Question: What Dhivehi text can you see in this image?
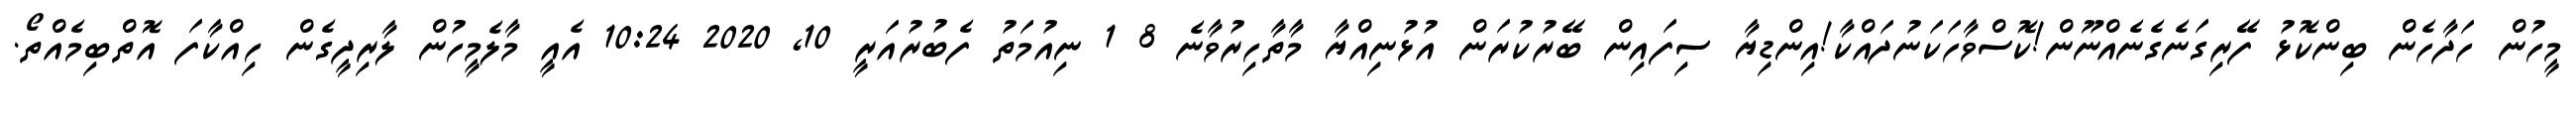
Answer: މީހުން ހަދާހެން ބިންކޮޅު ފޭރިގަނެގެނެއްނޫން!ކޮސްވާހަކަނުދައްކާ!އިންޑިޔާ ސިފައިން ބޭރުކުރަން އުޅުނިއްޔާ މާތާހިރުވާނެ 8 1 ނިއުމަތު ފެބުރުއަރީ 10, 2020 10:24 އެއީ މާލެމީހުން ލާރިދީގެން ހިއްކާފަ އޮތްބިމެއްތޯ.